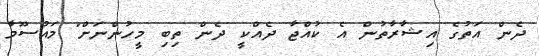
ދެން އަތުގެ އިޝާރާތުން އެ ކުއްޖާ ދެއްކީ ދެން ތިބި މީހުންނަށް" މައުސޫމާ